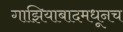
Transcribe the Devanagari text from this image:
गाझियाबादमधूनच